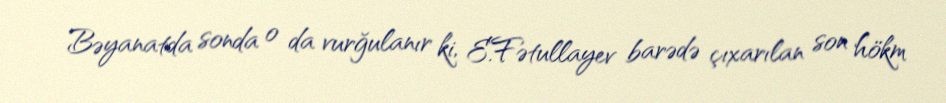
Bəyanatda sonda o da vurğulanır ki, E.Fətullayev barədə çıxarılan son hökm